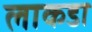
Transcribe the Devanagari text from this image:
लाकडा